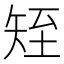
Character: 𥎹